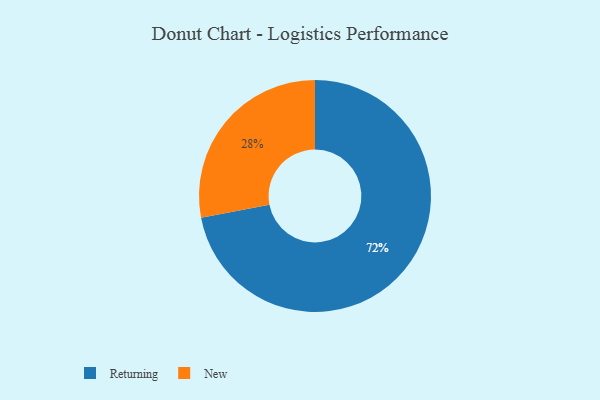
{"axis": {"x": "Category", "y": "Percentage"}, "legend": ["New", "Returning"], "data": [{"x": "Returning", "y": 72, "type": "Returning"}, {"x": "New", "y": 28, "type": "New"}]}